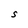
Character: S